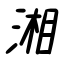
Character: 湘